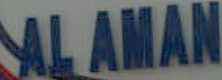
ALAMAN